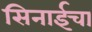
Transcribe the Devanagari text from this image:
सिनाईचा